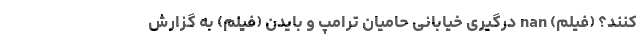
کنند؟ (فیلم) nan درگیری خیابانی حامیان ترامپ و بایدن (فیلم) به گزارش